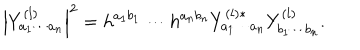
LaTeX: \left| Y _ { a _ { 1 } \cdots a _ { n } } ^ { ( l ) } \right| ^ { 2 } = h ^ { a _ { 1 } b _ { 1 } } \cdots h ^ { a _ { n } b _ { n } } Y _ { a _ { 1 } \cdots a _ { n } } ^ { ( l ) * } Y _ { b _ { 1 } \cdots b _ { n } } ^ { ( l ) } .